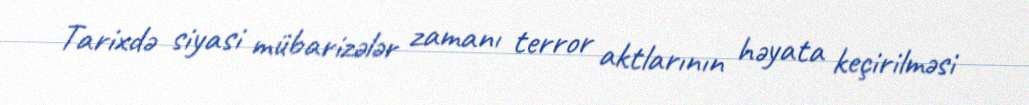
Tarixdə siyasi mübarizələr zamanı terror aktlarının həyata keçirilməsi